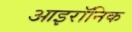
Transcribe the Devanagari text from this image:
आइरॉनिक